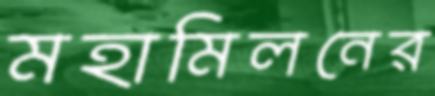
মহামিলনের